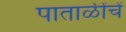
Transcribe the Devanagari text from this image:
पाताळींचें